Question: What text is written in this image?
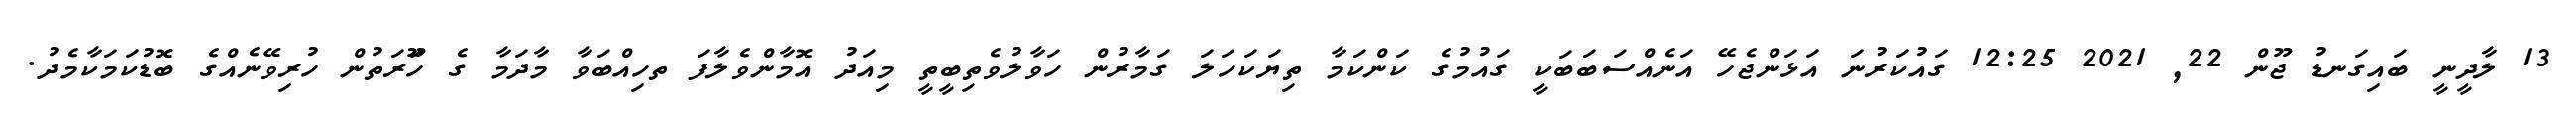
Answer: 13 ލާދީނީ ބައިގަނޑު ޖޫން 22, 2021 12:25 ގައުކަރުނަ އަޅަންޖެހޭ އަނެއްސަބަބަކީ ގައުމުގެ ކަންކަމާ ތިޔަކަހަލަ ގަމާރުން ހަވާލުވެތިބީތީ މިއަދު އޮމާންވެލާފަ ތހިއްބަވާ މާދަމާ ގެ ހަޫރަތުން ހުރިވޭނެއްގެ ބޮޑުކަމަކާމެދު.